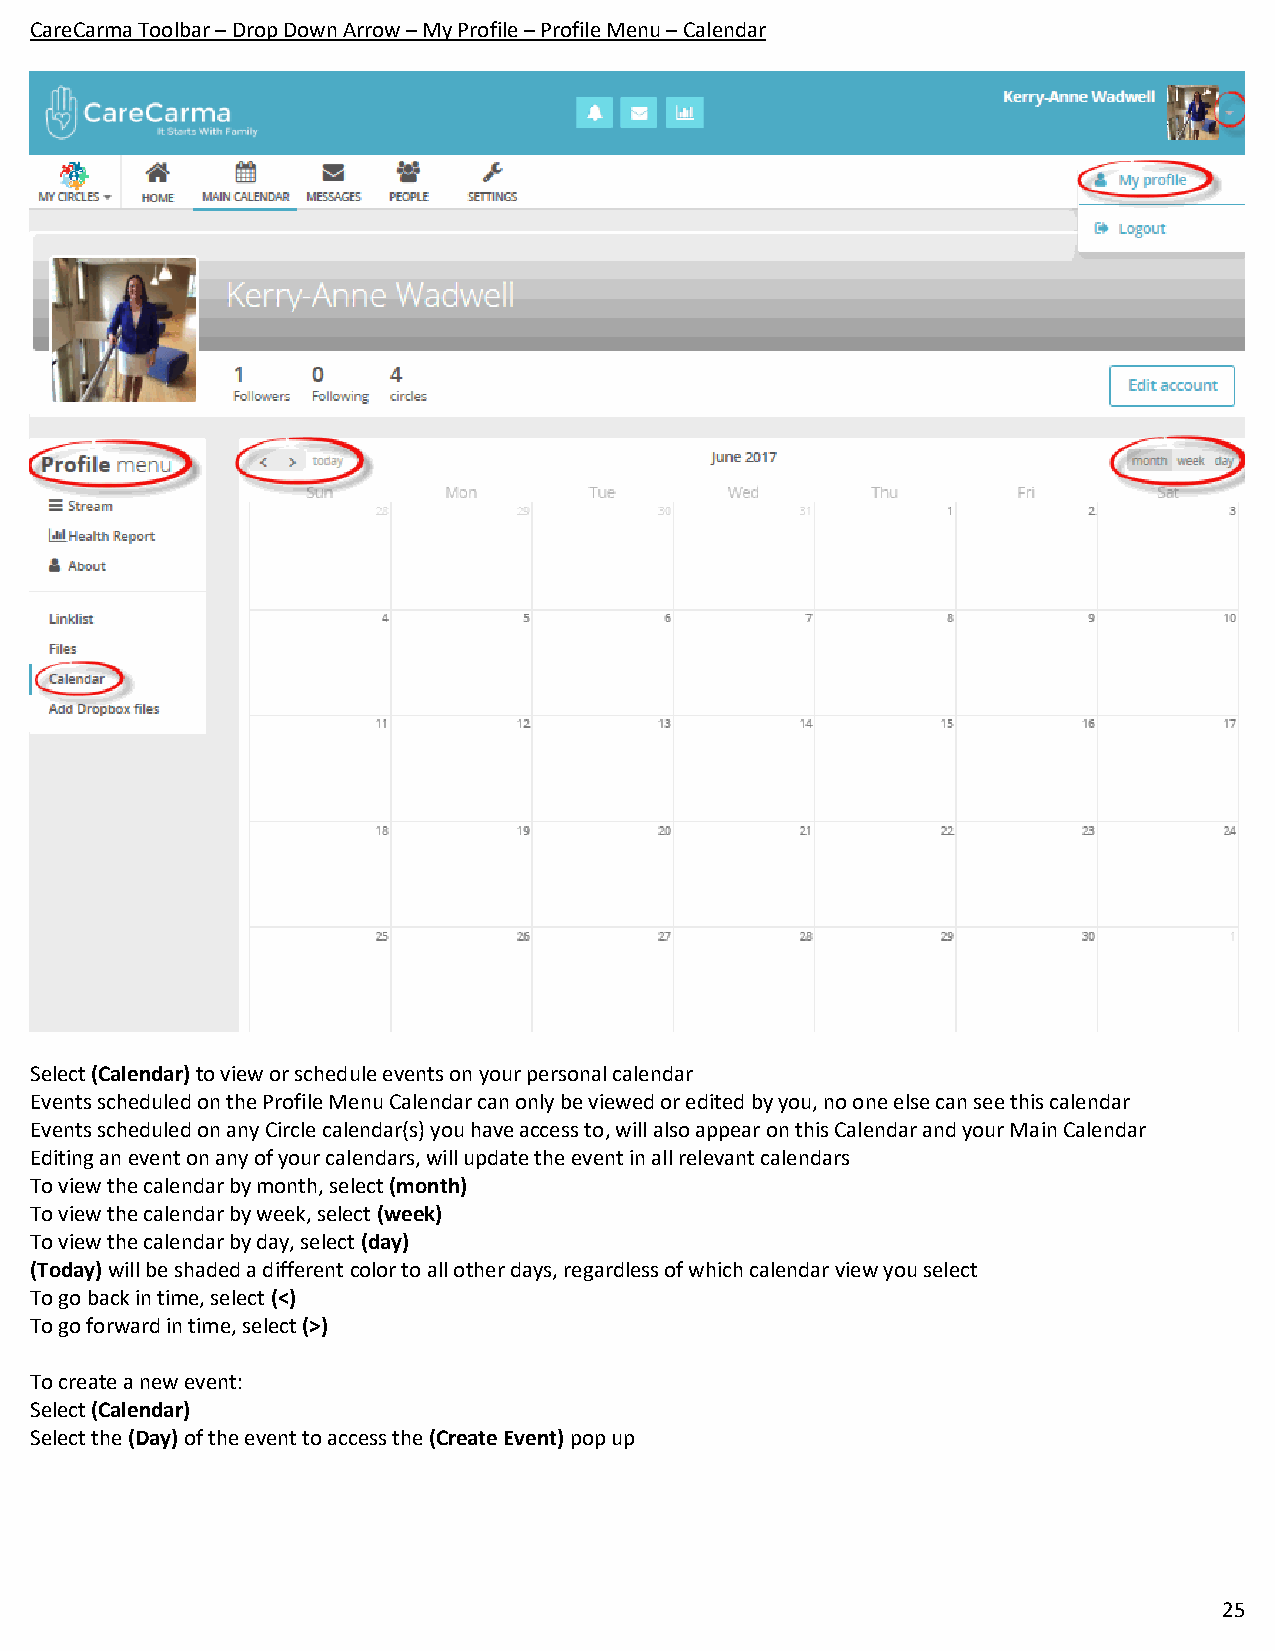
CareCarma Toolbar – Drop Down Arrow – My Profile – Profile Menu – Calendar
 Select (Calendar) to view or schedule events on your personal calendar
 Events scheduled on the Profile Menu Calendar can only be viewed or edited by you, no one else can see this calendar
 Events scheduled on any Circle calendar(s) you have access to, will also appear on this Calendar and your Main Calendar
 Editing an event on any of your calendars, will update the event in all relevant calendars
 To view the calendar by month, select (month)
 To view the calendar by week, select (week)
 To view the calendar by day, select (day)
 (Today) will be shaded a different color to all other days, regardless of which calendar view you select
 To go back in time, select (<)
 To go forward in time, select (>)
 To create a new event:
 Select (Calendar)
 Select the (Day) of the event to access the (Create Event) pop up
 25